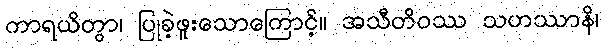
ကာရယိတွာ၊ ပြုခဲ့ဖူးသောကြောင့်။ အသီတိဝဿ သဟဿာနိ၊